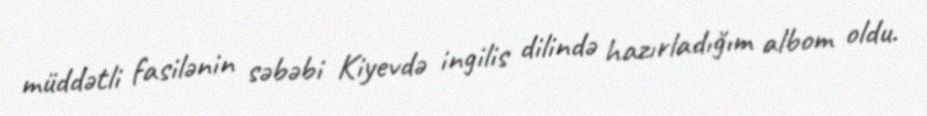
müddətli fasilənin səbəbi Kiyevdə ingilis dilində hazırladığım albom oldu.